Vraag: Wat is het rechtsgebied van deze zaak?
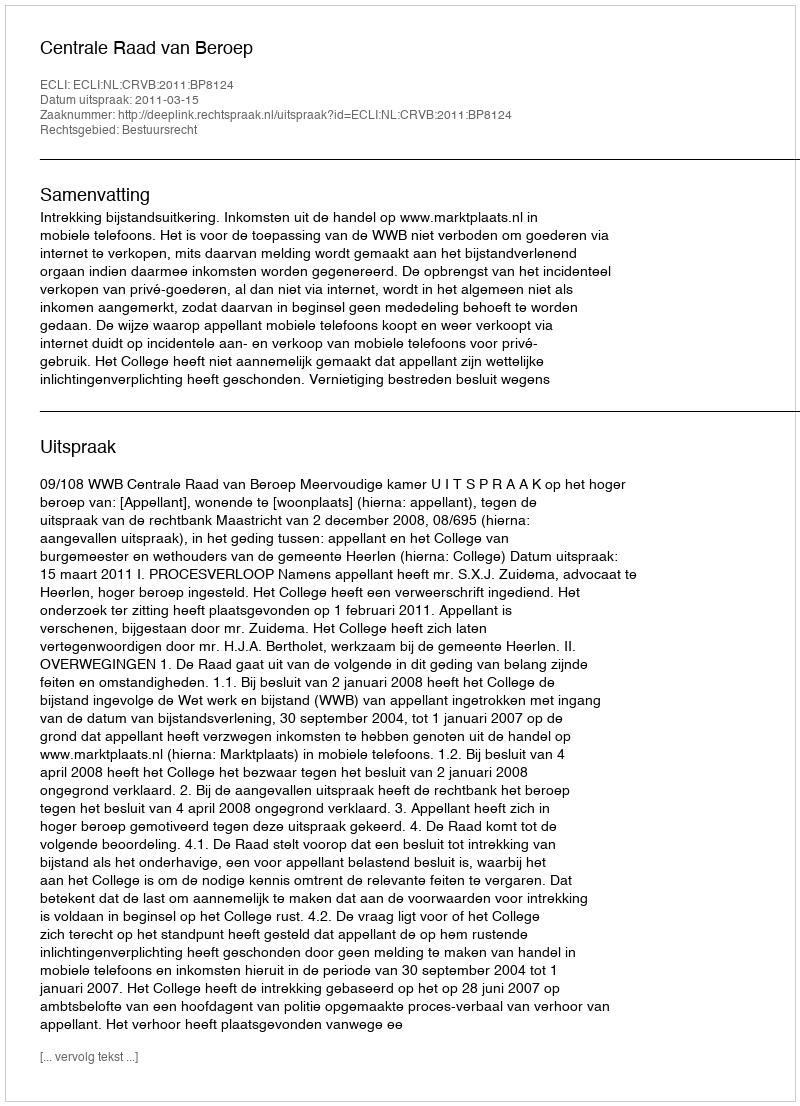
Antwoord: Bestuursrecht